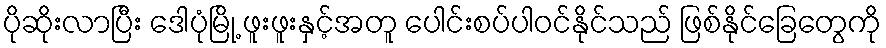
ပိုဆိုးလာပြီး ဒေါပုံမြို့ ဖူးဖူးနှင့်အတူ ပေါင်းစပ်ပါဝင်နိုင်သည် ဖြစ်နိုင်ခြေတွေကို